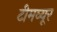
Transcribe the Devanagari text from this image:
टीमव्यूर